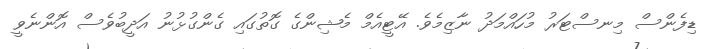
ޑިފެންސް މިނސްޓަރު މުހައްމަދު ނާޒިމެވެ. އޭޓީއެމް މެޝިންގެ ގޮތުގައި ގެންގުޅުނު އަދީބުވެސް އޮންނެވީ